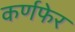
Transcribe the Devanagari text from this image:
कर्णफेर